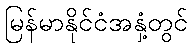
မြန်မာနိုင်ငံအနှံ့တွင်